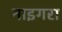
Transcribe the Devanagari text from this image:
नाइगरा